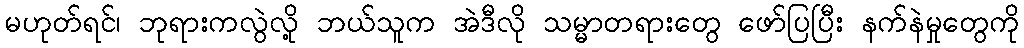
မဟုတ်ရင်၊ ဘုရားကလွဲလို့ ဘယ်သူက အဲဒီလို သမ္မာတရားတွေ ဖော်ပြပြီး နက်နဲမှုတွေကို